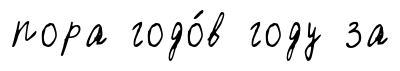
пора годо́в году за